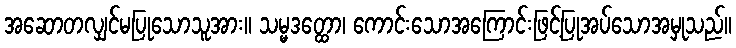
အဆောတလျှင်မပြုသောသူအား။ သမ္မဒတ္ထော၊ ကောင်းသောအကြောင်းဖြင့်ပြုအပ်သောအမှုသည်။